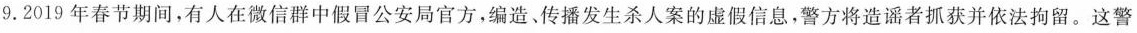
9. 2019 年春节期间，有人在微信群中假冒公安局官方，编造、传播发生杀人案的虚假信息，警方将造谣者抓获并依法拘留。这警